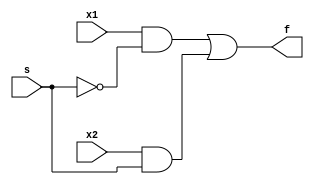
`timescale 1ns / 1ps
//////////////////////////////////////////////////////////////////////////////////
// Company: 
// Engineer: 
// 
// Design Name: 
// Module Name: mux_2x1_simple
// Project Name: 
// Target Devices: 
// Tool Versions: 
// Description: 
// 
// Dependencies: 
// 
// Revision:
// Revision 0.01 - File Created
// Additional Comments:
// 
//////////////////////////////////////////////////////////////////////////////////


module mux_2x1_simple(
    input x1,x2,s,
    output f
    );
    wire g0,g1;
    and A0(g0,x1,~s);
    and A1(g1,x2,s);
    or O0(f,g0,g1);
endmodule